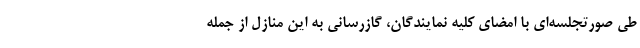
طی صورتجلسه‌ای با امضای کلیه نمایندگان، گازرسانی به این منازل از جمله